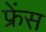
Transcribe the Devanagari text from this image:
फ्रेंस